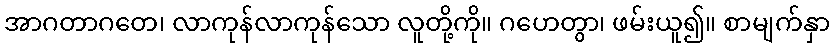
အာဂတာဂတေ၊ လာကုန်လာကုန်သော လူတို့ကို။ ဂဟေတွာ၊ ဖမ်းယူ၍။ စာမျက်နှာ